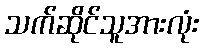
သက်ဆိုင်သူအားလုံး